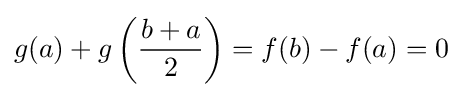
g(a)+g\left({\dfrac {b+a}{2}}\right)=f(b)-f(a)=0